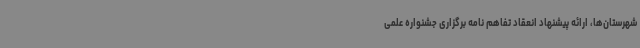
شهرستان‌ها، ارائه پیشنهاد انعقاد تفاهم نامه برگزاری جشنواره علمی